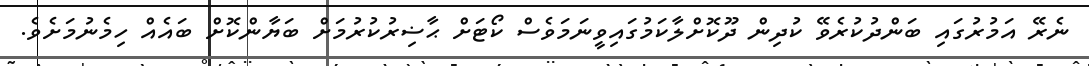
ނެރޭ އަމުރުގައި ބަންދުކުރެވޭ ކުދިން ދޫކޮށްލާކަމުގައިވީނަމަވެސް ކޯޓަށް ޙާޟިރުކުރުމަށް ބަޔާންކޮށް ބައެއް ހިމެނުމަށެވެ.